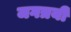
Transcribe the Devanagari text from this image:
जगत्रयी